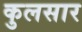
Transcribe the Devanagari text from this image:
कुलसार